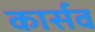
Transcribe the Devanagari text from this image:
कार्सव